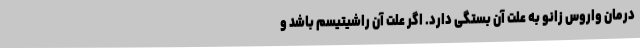
درمان واروس زانو به علت آن بستگی دارد. اگر علت آن راشیتیسم باشد و